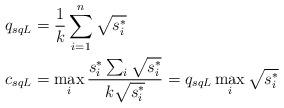
LaTeX: \begin{align*}q_{sqL}&= \frac{1}{k}\sum_{i=1}^n\sqrt{s_i^*}\\c_{sqL} &= \max_{i}\frac{s_i^*\sum_i \sqrt{s_i^*}}{k\sqrt{s_i^*}}=q_{sqL}\max_i\sqrt{s_i^*}\\\end{align*}